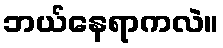
ဘယ်နေရာကလဲ။